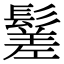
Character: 䰈